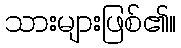
သားများဖြစ်၏။